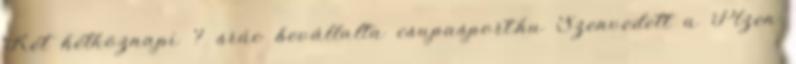
Két hétköznapi ? srác bevállalta csupasport.hu Szenvedett a Plzen